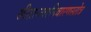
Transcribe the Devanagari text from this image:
सीताज्वरनिवारणस्तोत्र